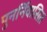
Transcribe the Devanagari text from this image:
पुनर्निवासित